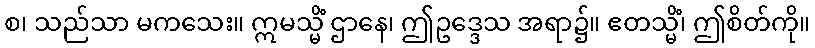
စ၊ သည်သာ မကသေး။ ဣမသ္မိံ ဌာနေ၊ ဤဥဒ္ဒေသ အရာ၌။ ဧတသ္မိံ၊ ဤစိတ်ကို။